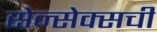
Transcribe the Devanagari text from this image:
सेन्सेक्सची